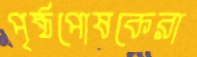
পৃষ্ঠপোষকেরা